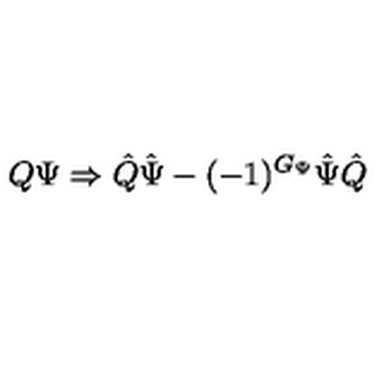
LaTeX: Q \Psi \Rightarrow \hat { Q } \hat { \Psi } - ( - 1 ) ^ { G _ { \Psi } } \hat { \Psi } \hat { Q }